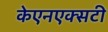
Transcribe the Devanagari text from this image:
केएनएक्सटी